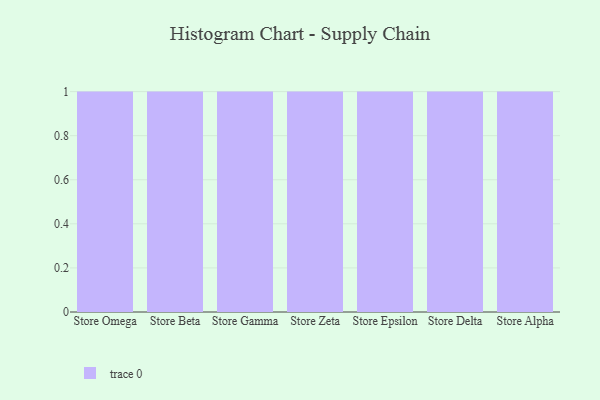
{"axis": {"x": "Store", "y": "Population (Million)"}, "legend": [""], "data": [{"x": "Store Omega", "y": 67, "type": ""}, {"x": "Store Beta", "y": 75, "type": ""}, {"x": "Store Gamma", "y": 18, "type": ""}, {"x": "Store Zeta", "y": 80, "type": ""}, {"x": "Store Epsilon", "y": 99, "type": ""}, {"x": "Store Delta", "y": 80, "type": ""}, {"x": "Store Alpha", "y": 100, "type": ""}]}